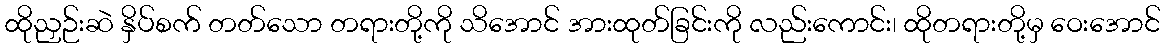
ထိုညှဉ်းဆဲ နှိပ်စက် တတ်သော တရားတို့ကို သိအောင် အားထုတ်ခြင်းကို လည်းကောင်း၊ ထိုတရားတို့မှ ဝေးအောင်